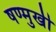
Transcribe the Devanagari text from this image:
षण्मुखी